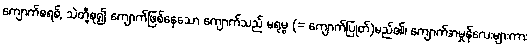
ကျောက်စရစ်, သဲတို့စု၍ ကျောက်ဖြစ်နေသော ကျောက်သည် မရုမ္ဗ (= ကျောက်ပြုတ်)မည်၏၊ ကျောက်အမှုန်လေးများကား